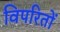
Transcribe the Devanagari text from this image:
विपरितों